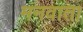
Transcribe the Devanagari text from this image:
मनवाता